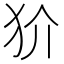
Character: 𭷼